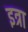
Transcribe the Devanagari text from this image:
इत्रा